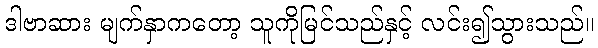
ဒါဗာဆား မျက်နှာကတော့ သူကိုမြင်သည်နှင့် လင်း၍သွားသည်။